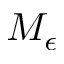
M _ { \epsilon }